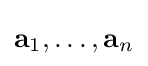
\mathbf {a} _{1},\dots ,\mathbf {a} _{n}